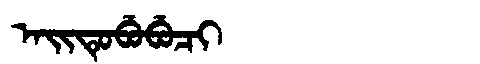
Manchu: ᠠᡳᡨᡠᠪᡠᠪᡠᠴᡳ
Romanization: AITUBUBUCI